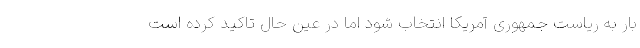
بار به ریاست جمهوری آمریکا انتخاب شود اما در عین حال تاکید کرده است